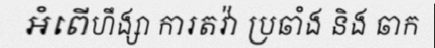
អំពើហឹង្សា ការតវ៉ា ប្រឆាំង និង ឆាក